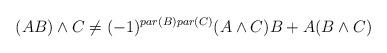
LaTeX: \begin{align*}(AB) \wedge C \neq (-1)^{par(B) par(C)} (A \wedge C) B + A (B \wedge C)\end{align*}